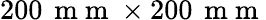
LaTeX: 200\, \mathrm{~m~m~}\times 200\, \mathrm{~m~m~}